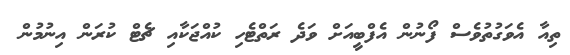
ތިއާ އެވަގުތުވެސް ފޯނުން އެފްބީއަށް ވަދެ ރަތްޓެހި ކުއްޖަކާއި ޗެޓް ކުރަން އިނުމުން